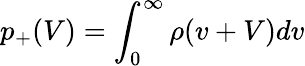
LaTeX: p_{+}(V)=\int_{0}^{\infty}\rho(v+V)dv